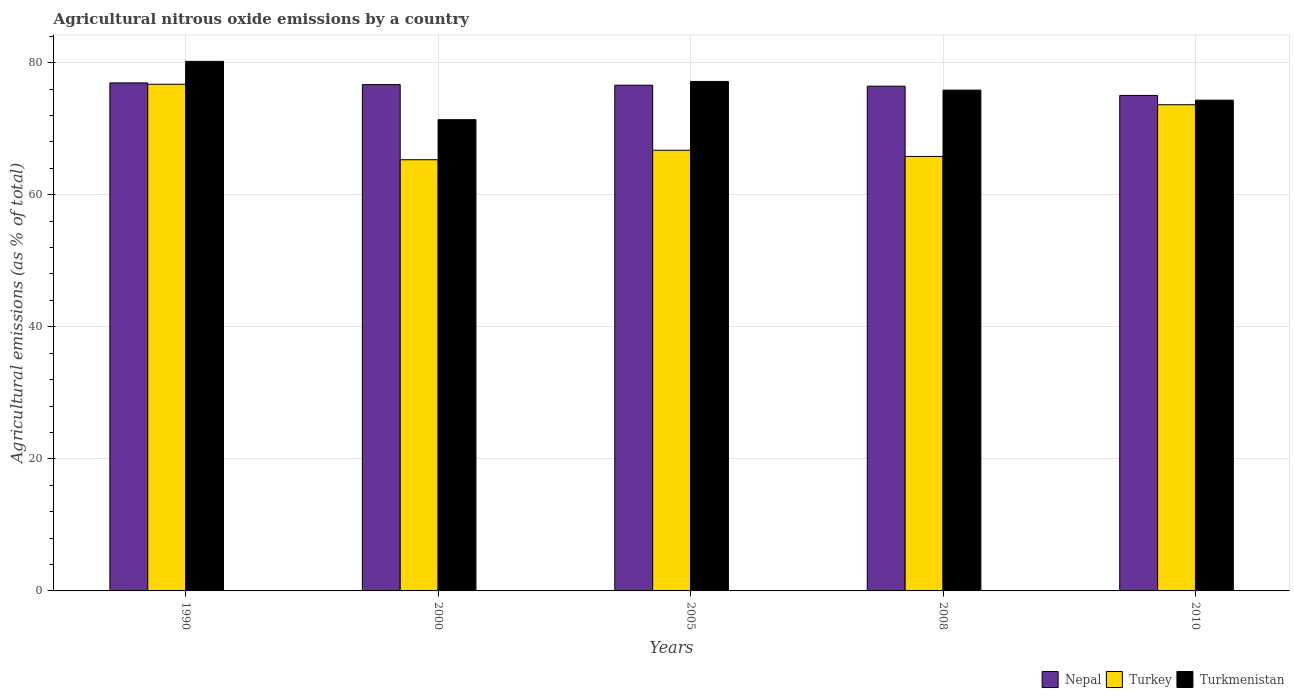
| Years | Nepal | Turkey | Turkmenistan |
 | --- | --- | --- | --- |
 | 1990 | 76.9 | 76.7 | 80.2 |
 | 2000 | 76.7 | 65.3 | 71.4 |
 | 2005 | 76.6 | 66.7 | 77.2 |
 | 2008 | 76.4 | 65.8 | 75.8 |
 | 2010 | 75 | 73.6 | 74.3 |